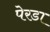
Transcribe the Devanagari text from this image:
पेरडा